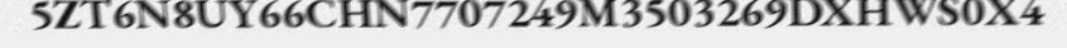
5ZT6N8UY66CHN7707249M3503269DXHWS0X4